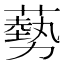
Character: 𫉥